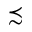
\precsim